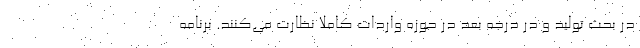
در بحث تولید و در درجه بعد در حوزه واردات کاملا نظارت می‌کنند. برنامه